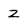
Character: Z